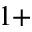
^ { 1 + }